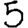
Digit: 5